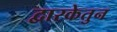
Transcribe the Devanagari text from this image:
द्वारकेतुन